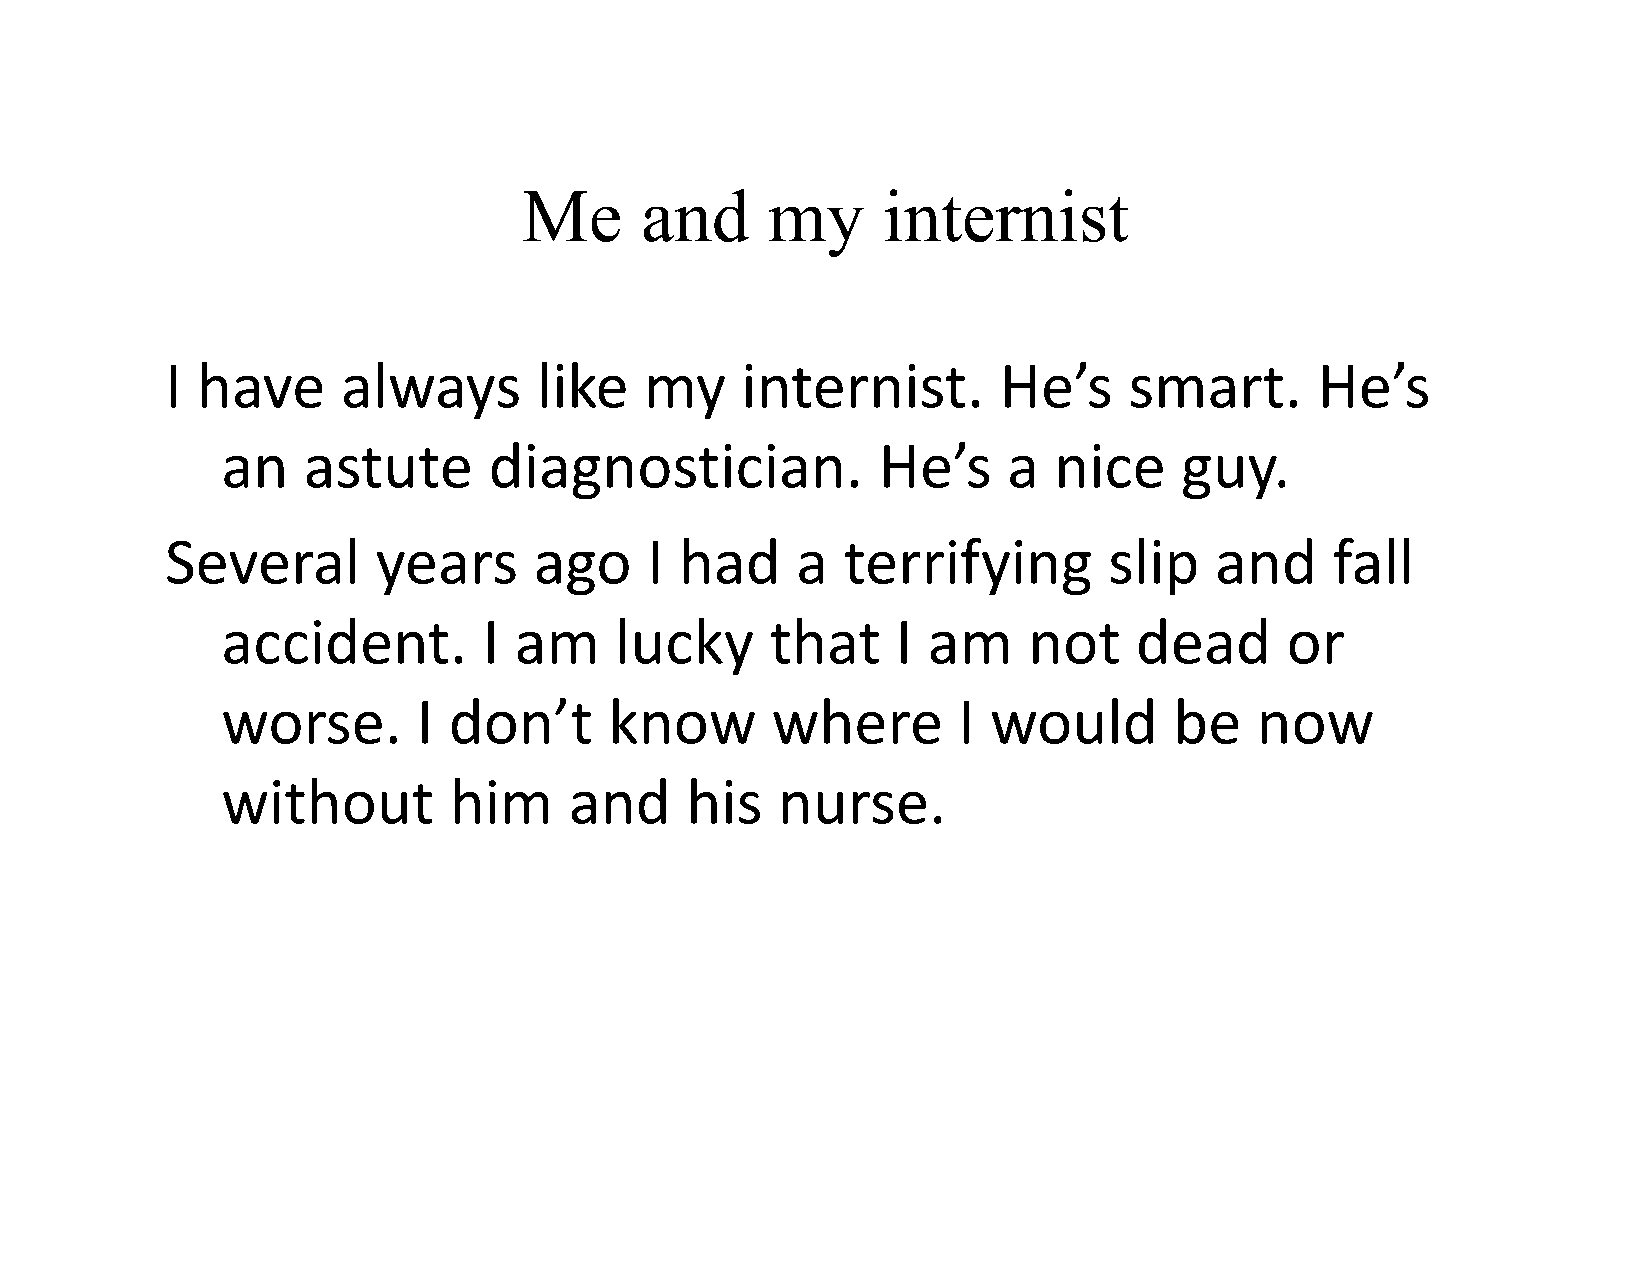
Me     and      my     internist
 I have      always       like   my    internist.       He’s     smart.      He’s
 an   astute      diagnostician.            He’s     a  nice    guy.
 Several       years     ago     I had     a  terrifying       slip   and     fall
 accident.        I am     lucky     that    I am     not    dead      or
 worse.       I don’t     know       where       I  would       be   now
 without        him     and    his   nurse.